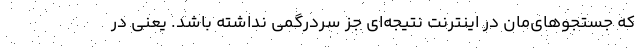
که جستجوهای‌مان در اینترنت نتیجه‌ای جز سردرگمی نداشته باشد. یعنی در